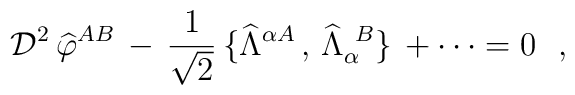
{\cal D}^2\,{\widehat \varphi}^{AB}\,-\,\frac{1}{\sqrt 2}\,\big\{{\widehat \Lambda}^{\alpha A}\,,\,{\widehat\Lambda}_{\alpha}^{~B}\big\}\,+\cdots = 0~~,